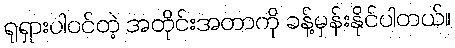
ရုရှားပါဝင်တဲ့ အတိုင်းအတာကို ခန့်မှန်းနိုင်ပါတယ်။